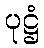
ပုဋ္ဌံ